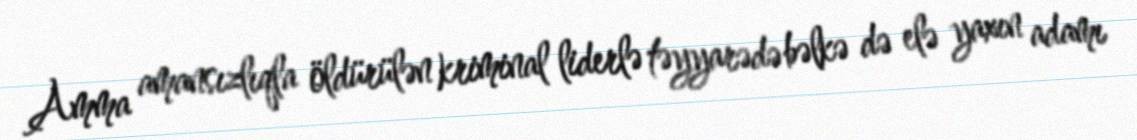
Amma amansızlıqla öldürülən kriminal liderlə təyyarədə bəlkə də elə yaxın adamı